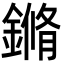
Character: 鏅